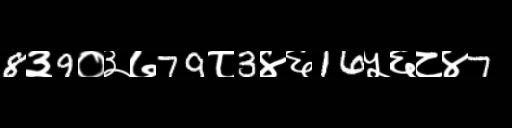
Text: 8३9०३७79८3४६16५६८४7